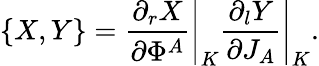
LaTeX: \{ X,Y\} =\left.{\frac{\partial_{r}X}{\partial\Phi^{A}}}\right|_{K}\left.{\frac{\partial_{l}Y}{\partial J_{A}}}\right|_{K}.